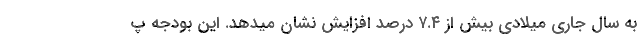
به سال جاری میلادی بیش از ۷.۴ درصد افزایش نشان میدهد. این بودجه پ